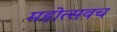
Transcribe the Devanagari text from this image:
महोत्सवच